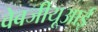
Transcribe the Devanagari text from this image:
वेबजीयूआई